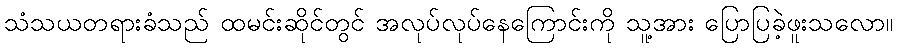
သံသယတရားခံသည် ထမင်းဆိုင်တွင် အလုပ်လုပ်နေကြောင်းကို သူ့အား ပြောပြခဲ့ဖူးသလော။